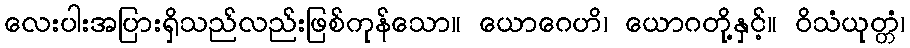
လေးပါးအပြားရှိသည်လည်းဖြစ်ကုန်သော။ ယောဂေဟိ၊ ယောဂတို့နှင့်။ ဝိသံယုတ္တံ၊